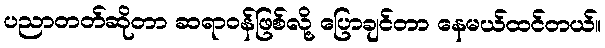
ပညာတတ်ဆိုတာ ဆရာဝန်ဖြစ်လို့ ပြောချင်တာ နေမယ်ထင်တယ်။